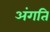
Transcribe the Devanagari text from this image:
अंगति